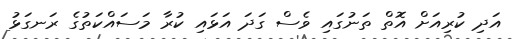
އަދި ކުރިއަށް އޮތް ތަނުގައި ވެސް ގަދަ އަޅައި ކުރާ މަސައްކަތުގެ ރަނގަޅު